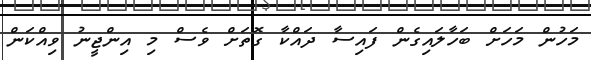
މަހުން މަހަށް ބަހާލައިގެން ފައިސާ ދައްކާ ގޮތަށް ވެސް މި އިންޖީނު ވިއްކަން